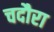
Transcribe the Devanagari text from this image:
चदौरा